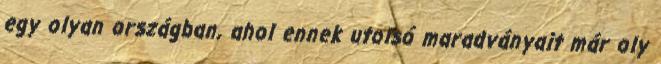
egy olyan országban, ahol ennek utolsó maradványait már oly